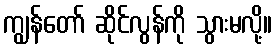
ကျွန်တော် ဆိုင်လွန်ကို သွားမလို့။